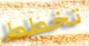
تخطط